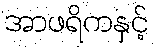
အာဖရိကနှင့်